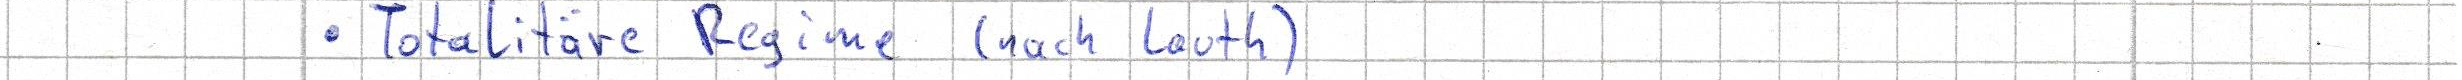
- Totalitäre Regime (nach Lauth)